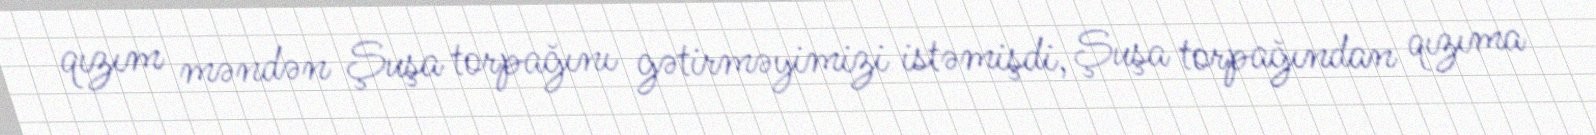
qızım məndən Şuşa torpağını gətirməyimizi istəmişdi, Şuşa torpağından qızıma